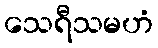
သေရီသမဟံ